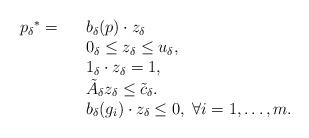
LaTeX: \begin{align*}\begin{array}{lll}{p_\delta}^*=&& b_{\delta}(p) \cdot z_{\delta} \\& &0_\delta \le z_{\delta}\le u_{\delta}, \\&&1_\delta \cdot z_{\delta}=1 ,\\&& \tilde{A}_\delta z_{\delta} \le \tilde{c}_\delta.\\&& b_{\delta}(g_i) \cdot z_{\delta}\le 0, \; \forall i=1,\dots,m.\end{array}\end{align*}